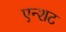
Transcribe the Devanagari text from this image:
एन्शट